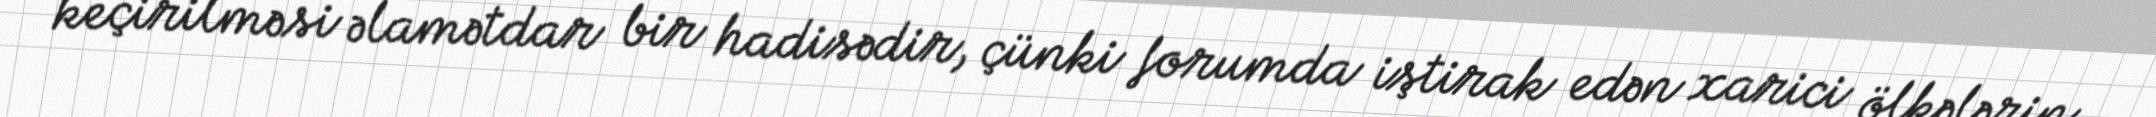
keçirilməsi əlamətdar bir hadisədir, çünki forumda iştirak edən xarici ölkələrin